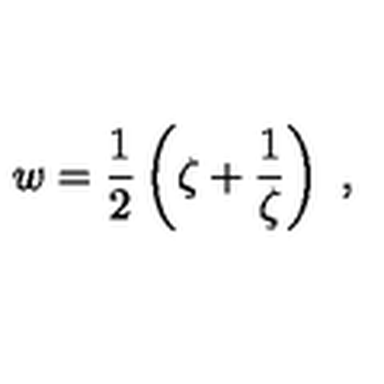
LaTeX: w = \frac 1 2 \left( \zeta + \frac { 1 } { \zeta } \right) \ ,